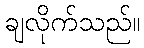
ချလိုက်သည်။